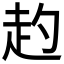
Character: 𧺕